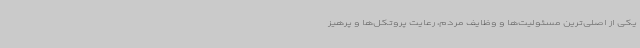
یکی از اصلی‌ترین مسئولیت‌ها و وظایف مردم، رعایت پروتکل‌ها و پرهیز